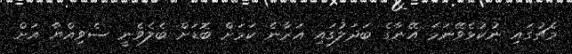
މެޗުގައި ނުކުޅެވޭނަމަ އޭނާގެ ބަދަލުގައި އަރާނެ ކަމަށް ބޮޑަށް ބެލެވެނީ ސެވިއްޔާ އަށް